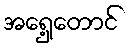
အရှေ့တောင်